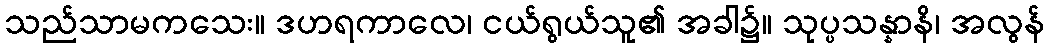
သည်သာမကသေး။ ဒဟရကာလေ၊ ငယ်ရွယ်သူ၏ အခါ၌။ သုပ္ပသန္နာနိ၊ အလွန်